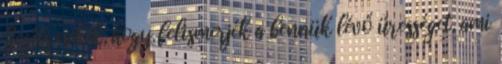
Segíts nekik, hogy felismerjék a bennük lévő ürességet, ami